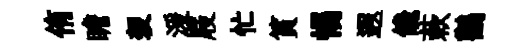
侑瞻袈湲屐忙篔惕遐饞蔌鸛